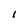
Character: I